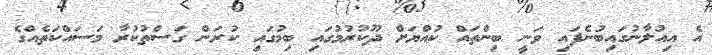
އެ އިއުލާނުގައިބުނެފައި ވަނީ ބިންތައް ކުއްޔަށް ދޫކުރުމުގައި ބިމުގައި ކުރަން ގަސްތުކުރާ މަސައްކަތެއްގެ